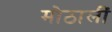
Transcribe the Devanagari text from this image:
मोठालीं